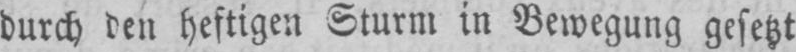
durch den heftigen Sturm in Bewegung gesetzt